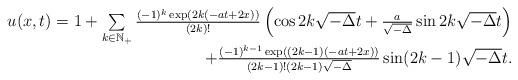
LaTeX: \begin{align*} \begin{array}{r} u(x,t)=1+\sum\limits_{k\in \mathbb{N}_+}\frac{(-1)^k\exp\left(2k(-at+2x)\right)}{(2k)!}\left( \cos2k\sqrt{-\Delta}t+\frac{a}{\sqrt{-\Delta}}\sin2k\sqrt{-\Delta}t\right)\\ +\frac{(-1)^{k-1}\exp\left((2k-1)(-at+2x)\right)}{(2k-1)!(2k-1)\sqrt{-\Delta}}\sin(2k-1)\sqrt{-\Delta}t. \end{array} \end{align*}